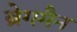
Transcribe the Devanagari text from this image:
ब्रेगमैन